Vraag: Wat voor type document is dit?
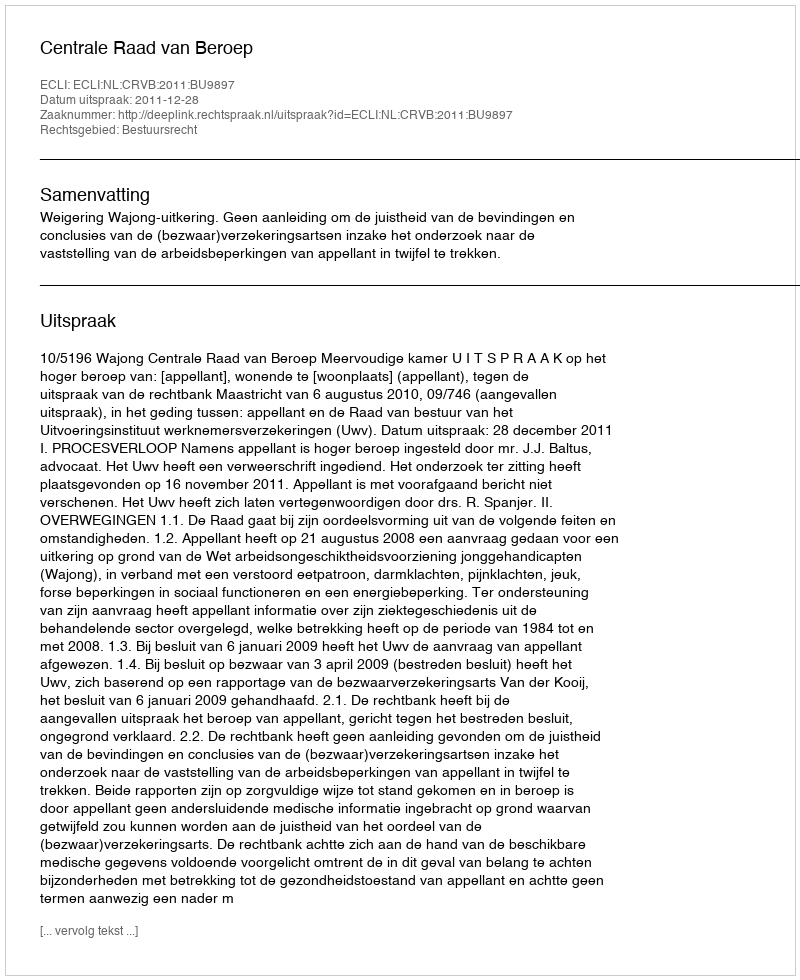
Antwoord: Uitspraak